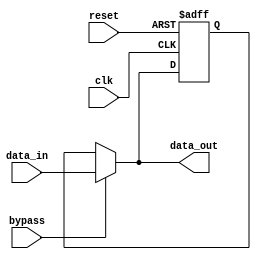
module SimpleBypassRegister(
    input clk,
    input reset,
    input bypass,
    input [7:0] data_in,
    output reg [7:0] data_out
);

reg [7:0] register;

always @(posedge clk or posedge reset) begin
    if (reset) begin
        register <= 8'b0;
    end else if (bypass) begin
        register <= data_in;
    end
end

assign data_out = bypass ? data_in : register;

endmodule